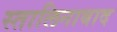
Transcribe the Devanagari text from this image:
स्तालिनाबाद